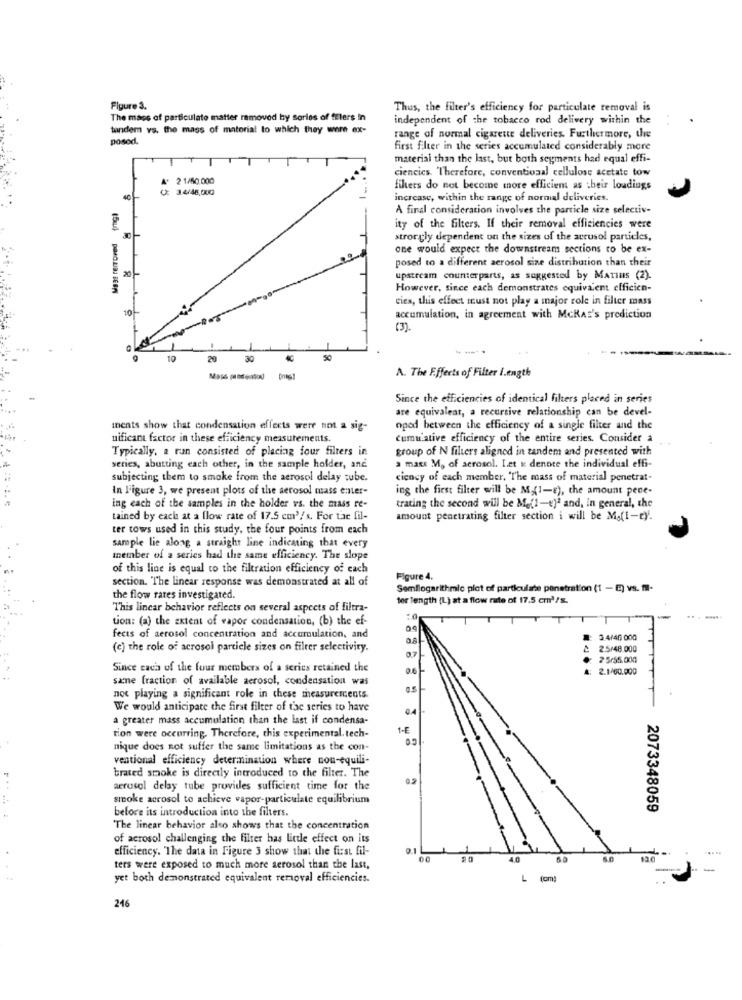
Figure 3.
Thus, the filter's efficiency for particulate removal is
The mass of particulate matter removed by sories of fElers in
independent of the tobacco rod delivery within the
tandem vs. the mass of material to which they were ex-
posod.
range of normal cigarette deliveries. Furthermore, the
first filter in the series accumulated considerably more
material than the last, but both segments had equal effi-
ciencics. Therefore, conventional cellulose acetate tow
A* 2 1/50.000
C: 3 4/48,000
filets do not become more efficient as their loudings
increase, within the range of normal deliveries.
A final consideration involves the particle size selectiv-
ity of the filters. If their removal efficiencies were
strongly dependent on the sizes of the accusol particles,
one would expect the downstream sections to be ex-
posed to a different aerosol size distribution than their
upstream counterparts, as suggested by MATINS (2).
However, since each demonstrates equivalent efficien-
cies, this effect must not play a major role in filter mass
10
accumulation, in agreement with McKAS's prediction
(3).
---*
10
20
30
50
A. The F.ffects of Filter I.ength
Since the efficiencies of identical filters placed in series
are equivalent, a recursive relationship can be devel-
ments show that condensation effects were not a sig-
oped between the efficiency of a single filter and the
nificant factor in these efficiency measurements.
cumulative efficiency of the entire series. Consider a
Typically, a ran consisted of placing four filters in
group of N filters aligned in tandem and presented with
series, abutting each other, in the sample holder, and
a mass M, of aerosol. L.et & denote the individual effi-
subjecting them to smoke from the aerosol delay tube.
ciency of each member, "The mass of material penetrat-
In Figure 3, we present plots of the aerosol mass enter-
ing the first filter will be Mg(1-t), the amount pene-
ing each of the samples in the holder vs. the mass re-
trating the second will be Me(1-e)ª and, in general, the
tained by each at a flow rate of 17.5 cm'/ s. For tae fil-
amount penetrating filter section i will be Ma(I-ty'.
ter tows used in this study, the four points from each
sample lie along a straight line indicating that every
member of a series had the same efficiency. The slope
of this line is equal to the filtration efficiency of each
section. "The linear response was demonstrated at all of
Figure 4.
Somllogarithmic plot of particulate penetration (1 -E) vs. Il-
the flow rates investigated.
tor length (L) at a flow rate of 17.5 cml/s.
This linear behavior reflects on several aspects of filtra-
tion: (a) the extent of vapor condensation, (b) the ef-
-
... .....
fects of aerosol concentration and accumulation, and
3.4/40 000
(c) the role of acrosol particle sizes on filter selectivity.
2.5/48.000
2 5/55.000
Since caca of the four members of a series retained the
2.1/60.000
same fraction of available aerosol, condensation was
not playing a significant role in these measurements.
We would anticipate the first filter of the series to have
a greater mass accumulation than the last if condensa-
1-E
tion were occurring. Therefore, this experimental. tech-
nique does not suffer the same limitations as the con-
ventional efficiency determination where cou-equili-
brated smoke is directly introduced to the filter. The
aerosol delay tube provides sufficient time for the
smoke aerosol to achieve vapor-particulate equilibrium
before its introduction into the filters.
2073348059
The linear behavior also shows that the concentration
of aerosol challenging the filter has little effect on its
efficiency. "The data in Figure 3 show that the first fil-
00
4.0
13.0
ters were exposed to much more aerosol than the last,
yet both demonstrated equivalent removal efficiencies.
L
(cm)
216